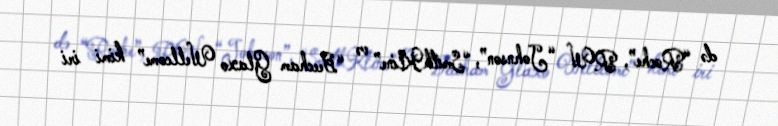
də “Roche”, RW “Johnson”, “SmithKline” və “Beecham Glaxo Wellcome” kimi iri